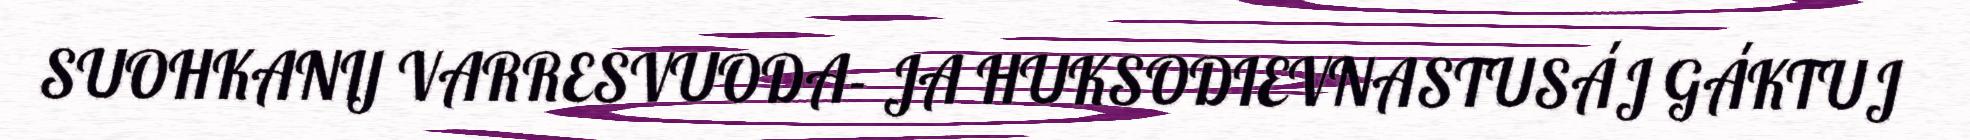
SUOHKANIJ VARRESVUODA- JA HUKSODIEVNASTUSÁJ GÁKTUJ